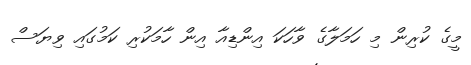
މީގެ ކުރިން މި ހަމަލާގެ ވާހަކަ އިންޑިއާ އިން ހާމަކުރި ކަމުގައި ވިޔަސް